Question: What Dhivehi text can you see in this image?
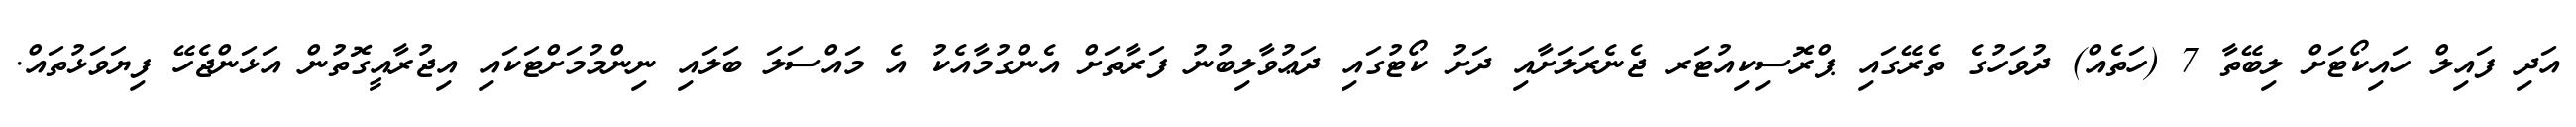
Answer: އަދި ފައިލް ހައިކޯޓަށް ލިބޭތާ 7 (ހަތެއް) ދުވަހުގެ ތެރޭގައި ޕްރޮސިކިއުޓަރ ޖެނެރަލަށާއި ދަށު ކޯޓުގައި ދަޢުވާލިބުނު ފަރާތަށް އެންގުމާއެކު އެ މައްސަލަ ބަލައި ނިންމުމަށްޓަކައި އިޖުރާއީގޮތުން އަޅަންޖެހޭ ފިޔަވަޅުތައް.